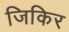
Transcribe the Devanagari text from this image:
जिकिर